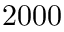
2 0 0 0